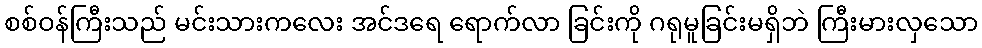
စစ်ဝန်ကြီးသည် မင်းသားကလေး အင်ဒရေ ရောက်လာ ခြင်းကို ဂရုမူခြင်းမရှိဘဲ ကြီးမားလှသော